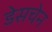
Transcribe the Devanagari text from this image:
डेसचेन